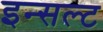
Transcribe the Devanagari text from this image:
इन्सल्ट